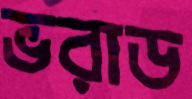
ভরাড